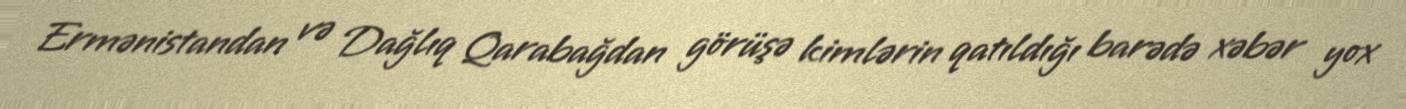
Ermənistandan və Dağlıq Qarabağdan görüşə kimlərin qatıldığı barədə xəbər yox